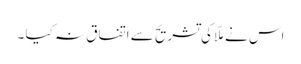
اس نے ملّا کی تشریح سے اتفاق نہ کیا ۔